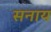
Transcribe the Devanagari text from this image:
सनाय